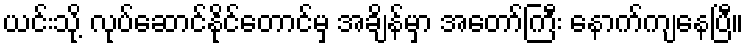
ယင်းသို့ လုပ်ဆောင်နိုင်တောင်မှ အချိန်မှာ အတော်ကြီး နောက်ကျနေပြီ။